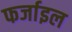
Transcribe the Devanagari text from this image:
फर्जाइल